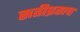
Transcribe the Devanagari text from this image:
सतीप्रताप